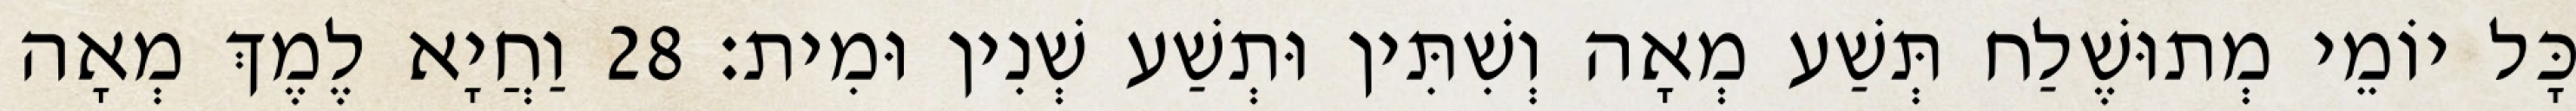
כָּל יוֹמֵי מְתוּשֶׁלַח תְּשַׁע מְאָה וְשִׁתִּין וּתְשַׁע שְׁנִין וּמִית׃ 28 וַחֲיָא לֶמֶךְ מְאָה